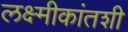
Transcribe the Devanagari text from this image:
लक्ष्मीकांतशी